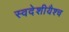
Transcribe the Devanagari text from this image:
स्वदेशीयैश्च